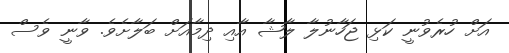
އަށް ހުރެވުނީ ކަޅި ޖަހާނުލާ ލާޝާ އާއި ދިމާއަށް ބަލާށެވެ. ވާނީ ވެސް